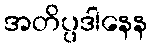
အတိပ္ပဒါနေန